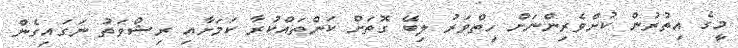
މީގެ އިތުރުން ކުށްވެރިންނަށް ހިތްވަރު ލިބޭ ގޮތަށް ކަންތައްކުރާ ކަމަށާއި ރިޝްވަތު ނަގައިގެން